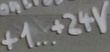
Text: +1.. +24V